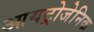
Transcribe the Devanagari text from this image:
आयट्रोजेनिक